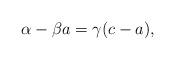
LaTeX: \begin{align*}\alpha-\beta a=\gamma(c-a),\end{align*}